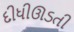
દીધીઊડતી